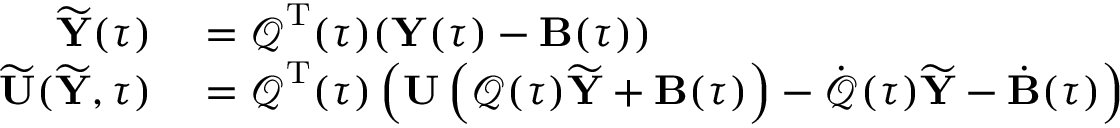
\begin{array} { r l } { \widetilde { { \mathbf Y } } ( \tau ) } & { { } = \boldsymbol { \mathcal Q } ^ { { \mathrm T } } ( \tau ) ( { \mathbf Y } ( \tau ) - { \mathbf B } ( \tau ) ) } \\ { \widetilde { { \mathbf U } } ( \widetilde { { \mathbf Y } } , \tau ) } & { { } = \boldsymbol { \mathcal Q } ^ { { \mathrm T } } ( \tau ) \left( { \mathbf U } \left( \boldsymbol { \mathcal Q } ( \tau ) \widetilde { { \mathbf Y } } + { \mathbf B } ( \tau ) \right) - \dot { \boldsymbol { \mathcal Q } } ( \tau ) \widetilde { { \mathbf Y } } - \dot { { \mathbf B } } ( \tau ) \right) } \end{array}